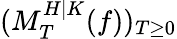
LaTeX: (M_{T}^{H|K}(f))_{T\geq 0}